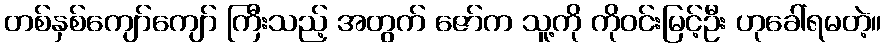
တစ်နှစ်ကျော်ကျော် ကြီးသည့် အတွက် ဇော်က သူ့ကို ကိုဝင်းမြင့်ဦး ဟုခေါ်ရမတဲ့။